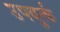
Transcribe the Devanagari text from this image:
उपयुर्त्क